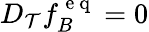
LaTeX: D_{\mathcal{T}}f_{B}^{\mathrm{{~e~q~}}}=0